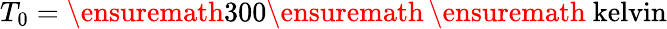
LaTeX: T_{0}=\ensuremath{\mathrm{300}}\ensuremath{\, }\ensuremath{\mathrm{\ kelvin}}